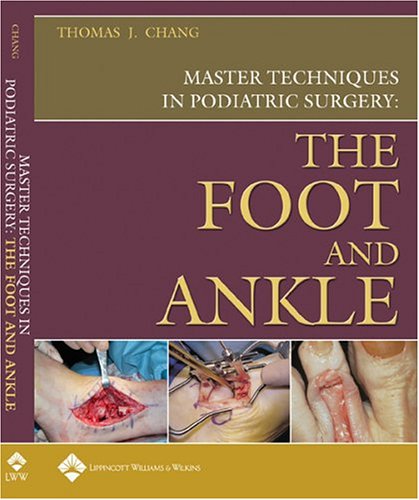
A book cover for Master Techniques in Podiatric Surgery: The Foot and Ankle; Medical Books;